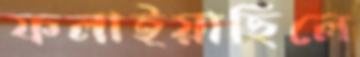
ফলাইয়াছিলে